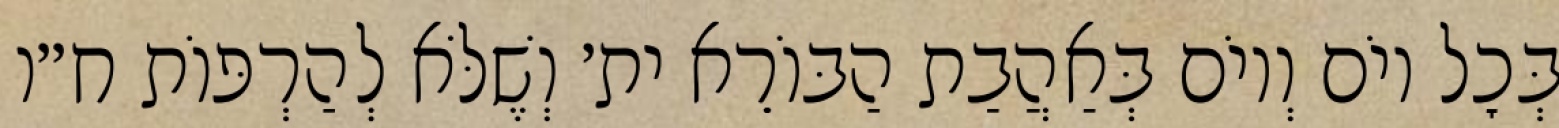
בְּכׇל יוֹם וְיוֹם בְּאַהֲבַת הַבּוֹרֵא ית׳ וְשֶׁלֹּא לְהַרְפּוֹת ח״ו